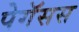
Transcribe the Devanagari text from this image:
पेगॅसस